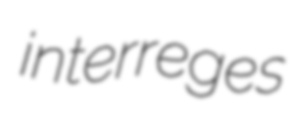
interreges